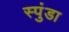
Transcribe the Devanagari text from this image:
स्पुंडा